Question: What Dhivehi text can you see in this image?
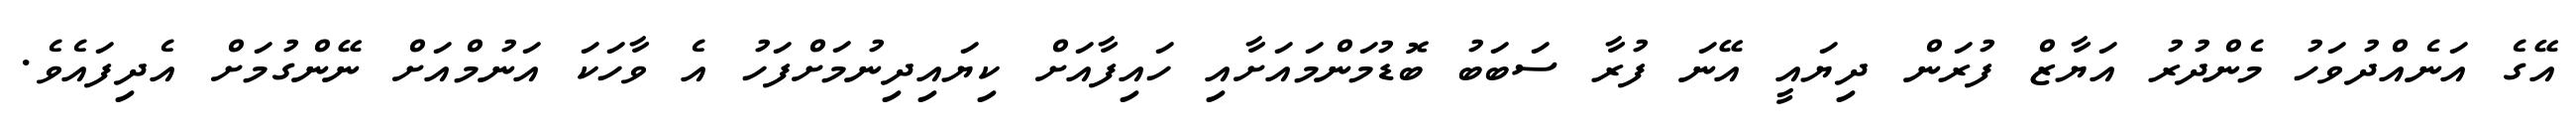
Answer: އޭގެ އަނެއްދުވަހު މެންދުރު އަޔާޒް ފުރަން ދިޔައީ އޭނަ ފުރާ ސަބަބު ބޮޑުމަންމައަށާއި ހައިފާއަށް ކިޔައިދިނުމަށްފަހު އެ ވާހަކަ އަނުމްއަށް ނޭންގުމަށް އެދިފައެވެ.